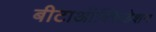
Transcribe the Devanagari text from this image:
बीटाऑक्सिडेशन